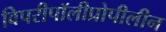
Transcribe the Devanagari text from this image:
विपरीपॉलीप्रोपीलीन